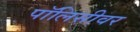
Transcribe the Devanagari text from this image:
पॉलिसीवर